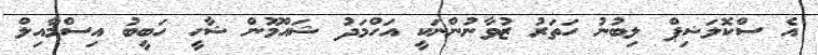
އެ ސްކޮލަޝިޕް ލިބުނު ހަތަރު ޒުވާނުންނަކީ އަހްމަދު ޝައްމޫން ޝާހީ ހަބީބު އިސްމާއިލް